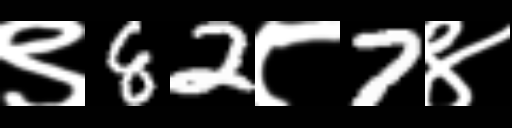
Text: ९82८7४